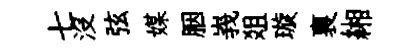
七没弦媒胭峩爼璇裏緗